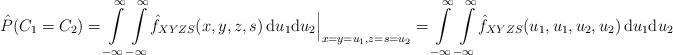
LaTeX: \begin{align*}\hat{P}(C_{1} = C_{2}) =\int\limits_{-\infty}^{\infty} \int\limits_{-\infty}^{\infty} \! \hat{f}_{XYZS}(x,y,z,s) \, \mathrm{d}u_{1}\mathrm{d}u_{2} \Big|_{x=y=u_{1}, z=s=u_{2}} = \int\limits_{-\infty}^{\infty} \int\limits_{-\infty}^{\infty} \! \hat{f}_{XYZS}(u_{1},u_{1},u_{2},u_{2}) \, \mathrm{d}u_{1}\mathrm{d}u_{2} \end{align*}